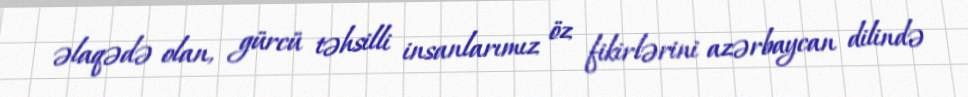
əlaqədə olan, gürcü təhsilli insanlarımız öz fikirlərini azərbaycan dilində